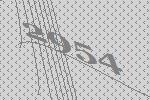
2954